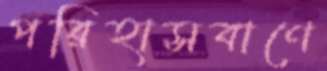
পরিহাসবাণে